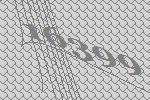
16399